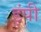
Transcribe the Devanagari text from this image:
इंपी